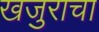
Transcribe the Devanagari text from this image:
खजुराचा